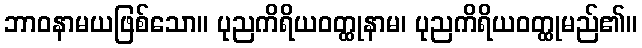
ဘာဝနာမယဖြစ်သော။ ပုညကိရိယဝတ္ထုနာမ၊ ပုညကိရိယဝတ္ထုမည်၏။